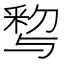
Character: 𨤒